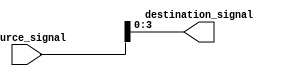
module bit_select_assign (
    input [7:0] source_signal,
    output reg[3:0] destination_signal
);

always @* begin
    destination_signal = source_signal[3:0]; // Assigning bits [3:0] from source_signal to destination_signal
end

endmodule